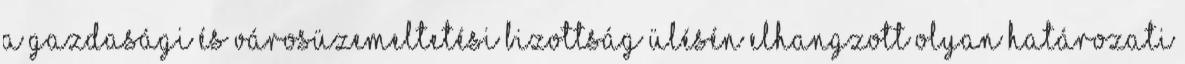
A Gazdasági és Városüzemeltetési Bizottság ülésén elhangzott olyan határozati